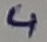
Text: 4